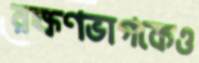
রক্ষণভাগকেও